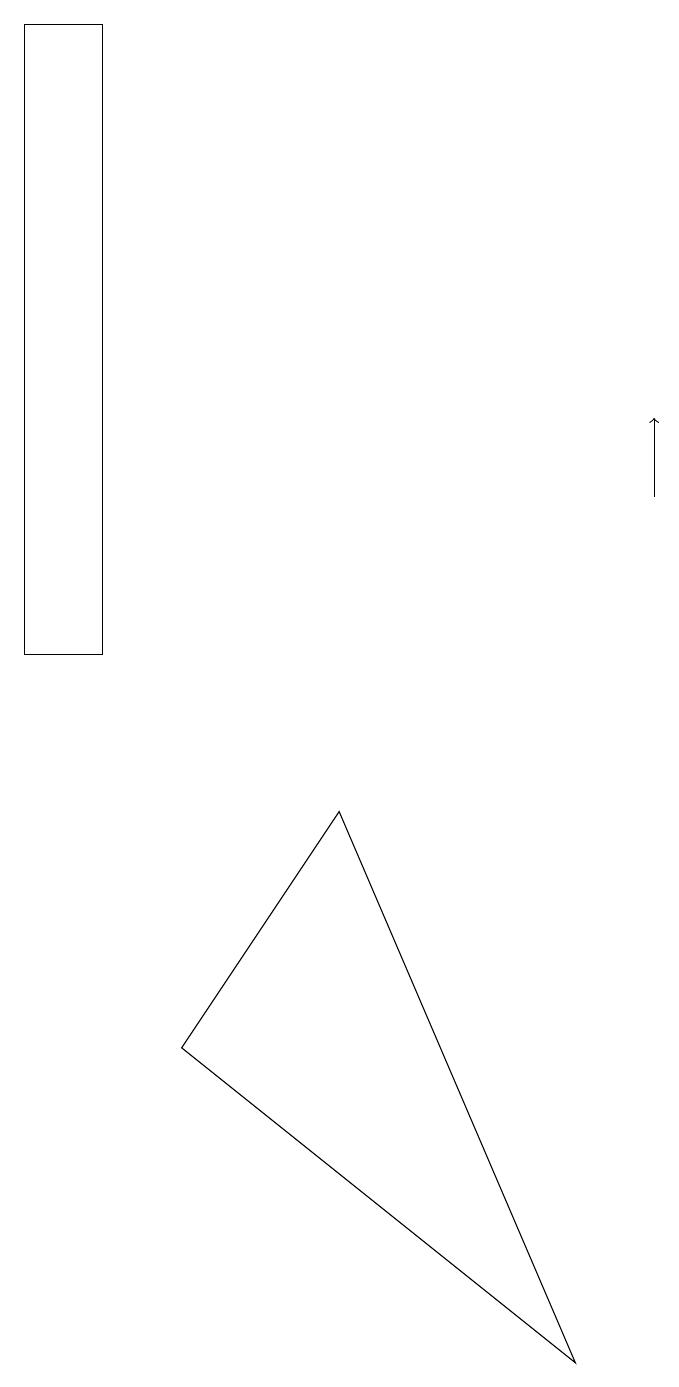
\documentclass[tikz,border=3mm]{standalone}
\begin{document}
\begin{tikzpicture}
\draw[->] (8,13) -- (8,14);
\draw (0,11) rectangle (1,19);
\draw (7,2) -- (4,9) -- (2,6) -- cycle;
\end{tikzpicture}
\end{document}